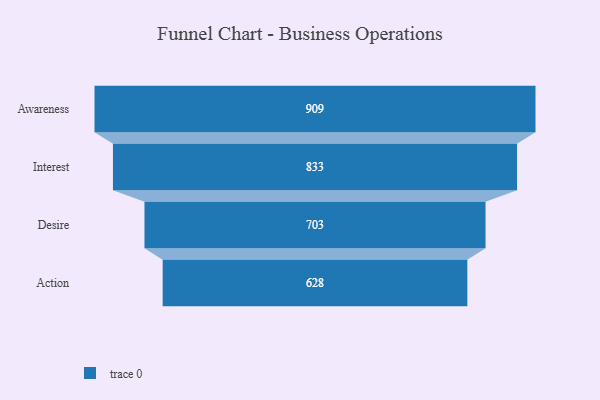
{"axis": {"x": "Stage", "y": "Value"}, "legend": [""], "data": [{"x": "Awareness", "y": 909.0, "type": ""}, {"x": "Interest", "y": 833.0, "type": ""}, {"x": "Desire", "y": 703.0, "type": ""}, {"x": "Action", "y": 628.0, "type": ""}]}